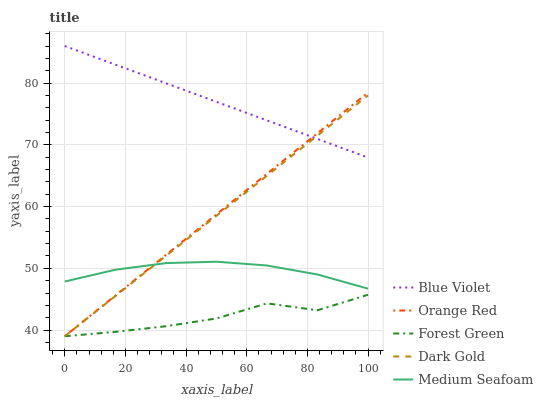
| xaxis_label | Blue Violet | Orange Red | Forest Green | Dark Gold | Medium Seafoam |
 | --- | --- | --- | --- | --- | --- |
 | 0 | 86 | 39 | 39 | 39 | 47.9 |
 | 16.7 | 83 | 45.6 | 39.7 | 45.5 | 49.8 |
 | 33.3 | 80 | 52.2 | 40.6 | 52 | 50.8 |
 | 50 | 77 | 58.7 | 41.9 | 58.5 | 51.1 |
 | 66.7 | 74 | 65.3 | 44.3 | 65 | 50.5 |
 | 83.3 | 70.9 | 71.9 | 43.2 | 71.5 | 49 |
 | 100 | 67.9 | 78.5 | 45.7 | 78 | 46.7 |